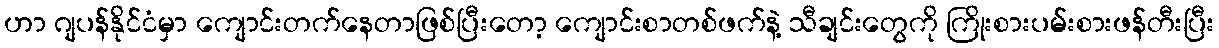
ဟာ ဂျပန်နိုင်ငံမှာ ကျောင်းတက်နေတာဖြစ်ပြီးတော့ ကျောင်းစာတစ်ဖက်နဲ့ သီချင်းတွေကို ကြိုးစားပမ်းစားဖန်တီးပြီး